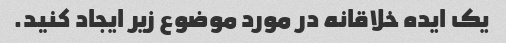
یک ایده خلاقانه در مورد موضوع زیر ایجاد کنید.